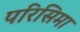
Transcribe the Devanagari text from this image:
परिसिमा